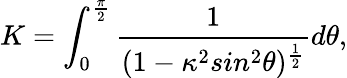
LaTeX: K=\int_{0}^{\frac{\pi}{2}}\frac{1}{(1-\kappa^{2}sin^{2}\theta)^{\frac{1}{2}}}d\theta,